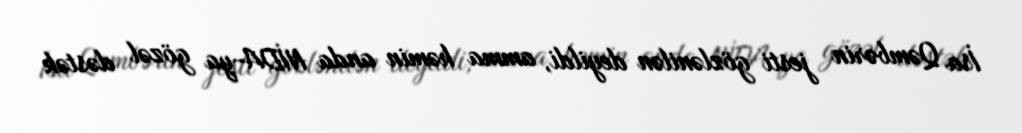
İsa Qəmbərin jesti gözlənilən deyildi, amma həmin anda NİDA-ya gözəl dəstək